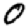
Digit: 0